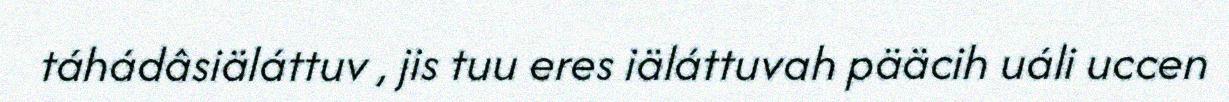
táhádâsiäláttuv , jis tuu eres iäláttuvah pääcih uáli uccen